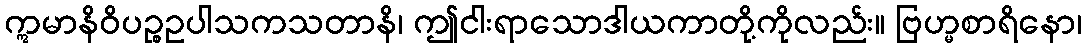
ဣမာနိဝိပဉ္စဥပါသကသတာနိ၊ ဤငါးရာသောဒါယကာတို့ကိုလည်း။ ဗြဟ္မစာရိနော၊